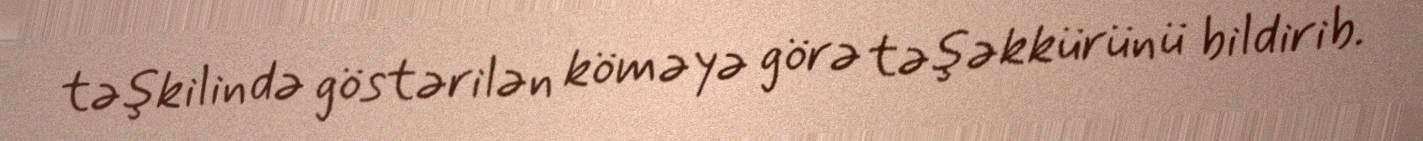
təşkilində göstərilən köməyə görə təşəkkürünü bildirib.